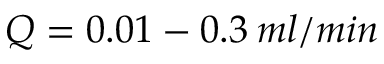
Q = 0 . 0 1 - 0 . 3 \: m l / m i n